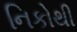
નિકોથી